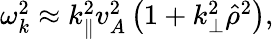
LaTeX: \begin{array}{r}{\omega_{k}^{2}\approx k_{\parallel}^{2}v_{A}^{2}\left(1+k_{\perp}^{2}\hat{\rho}^{2}\right),}\end{array}